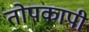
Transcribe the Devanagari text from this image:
तोपकापी